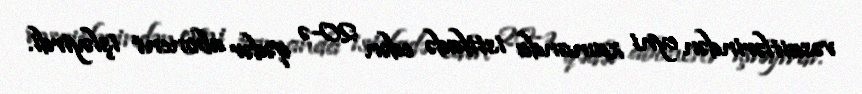
vəsaitlərindən eyni zamanda istifadə edən 20-ə qədər abonent işləyirdi.